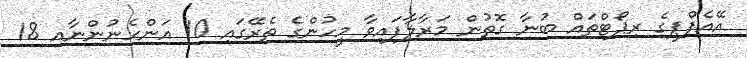
އޭއެފްޕީގެ ރިޕޯޓްތައް ބުނާ ގޮތުން މަރާލާފައިވާ މީހުންގެ ތެރޭގައި 10 އަންހެނުންނާއި 18